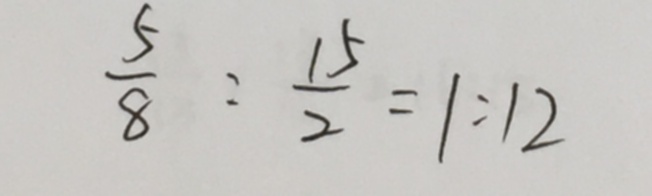
\frac { 5 } { 8 } : \frac { 1 5 } { 2 } = 1 : 1 2